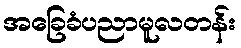
အခြေခံပညာမူလတန်း